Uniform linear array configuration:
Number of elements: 8
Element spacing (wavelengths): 0.25
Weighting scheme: hamming
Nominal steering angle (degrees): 0
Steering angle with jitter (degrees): -1.864
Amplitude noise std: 0.05
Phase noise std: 0.05

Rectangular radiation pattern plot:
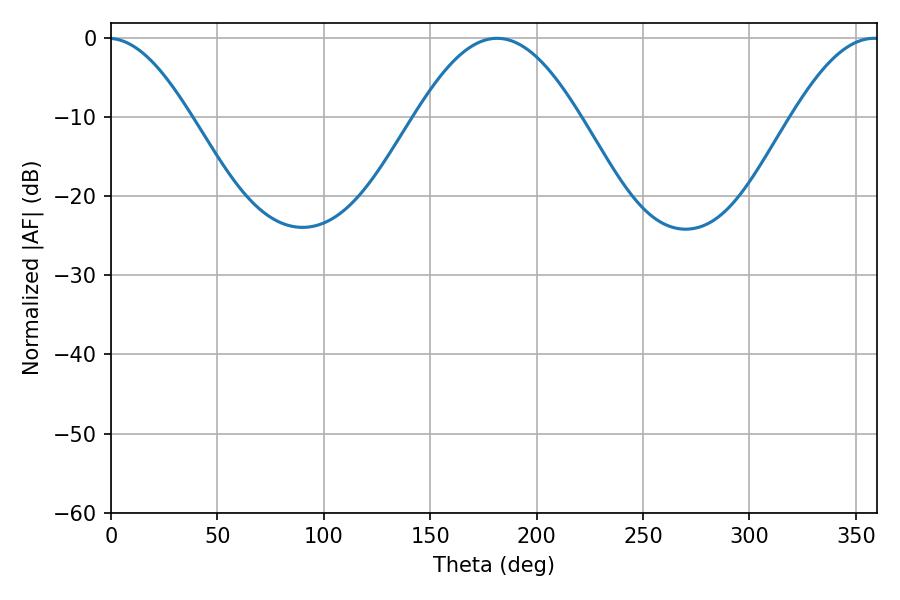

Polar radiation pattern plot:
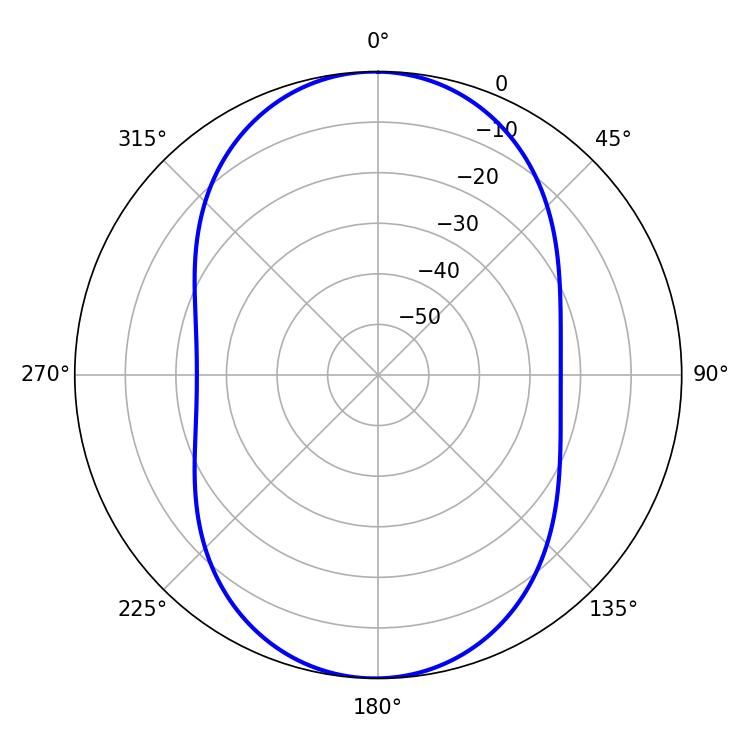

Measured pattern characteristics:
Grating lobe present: FALSE
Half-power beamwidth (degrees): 41.76
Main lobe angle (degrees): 181.44